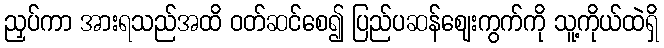
ညှပ်ကာ အားရသည်အထိ ဝတ်ဆင်စေ၍ ပြည်ပဆန်ဈေးကွက်ကို သူ့ကိုယ်ထဲရှိ